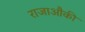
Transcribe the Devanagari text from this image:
राजाऔकी